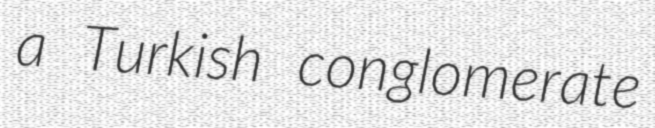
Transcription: a Turkish conglomerate